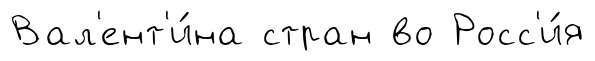
Вал'ент'и́на стран во Росс'и́я